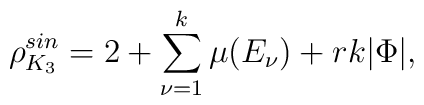
\rho^{sin}_{K_3}= 2 + \sum_{\nu =1}^{k} \mu(E_{\nu}) + rk|\Phi|,